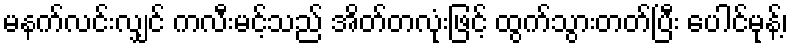
မနက်လင်းလျှင် ကလီးမင့်သည် အိတ်တလုံးဖြင့် ထွက်သွားတတ်ပြီး ပေါင်မုန့်၊